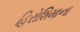
હિરોશિમાના